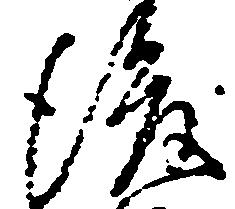
後